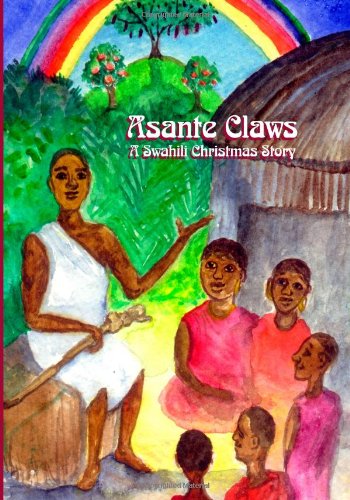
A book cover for Asante Claws: A Swahili Christmas Story; Teresa Weismann Knight; Children's Books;